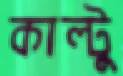
কাল্টু